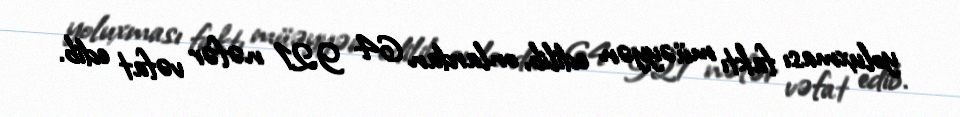
yoluxması faktı müəyyən edilib, onlardan 64 921 nəfər vəfat edib.